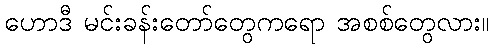
ဟောဒီ မင်းခန်းတော်တွေကရော အစစ်တွေလား။